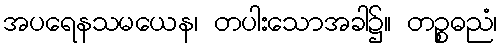
အပရေနသမယေန၊ တပါးသောအခါ၌။ တဉ္စဓညံ၊